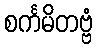
စင်္ကမိတဗ္ဗံ